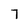
Character: 7